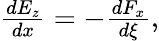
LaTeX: \begin{array}{r}{\frac{dE_{z}}{dx}=-\frac{dF_{x}}{d\xi},}\end{array}